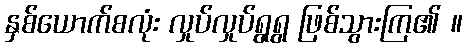
နှစ်ယောက်စလုံး လှုပ်လှုပ်ရွရွ ဖြစ်သွားကြ၏ ။